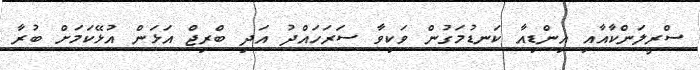
ސްރީލަންކާއާއި އިންޑިއާ ކަނޑުމަގުން ވަކިވާ ސަރަހައްދު އަދި ބްރިޖް އަޅަން އުޅޭކަމަށް ބުރާ